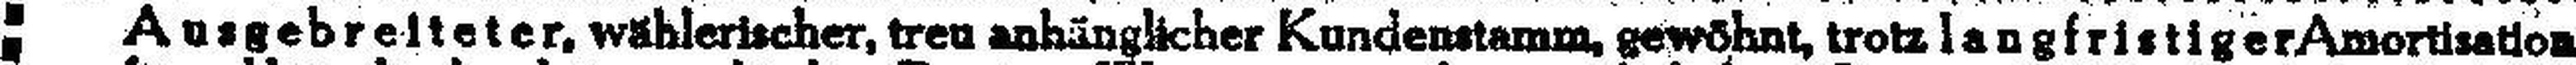
Ausgebreiteter, wählerischer, treu anhänglicher Kundenstamm. gewöhnt, trotz langfristiger Amortisation